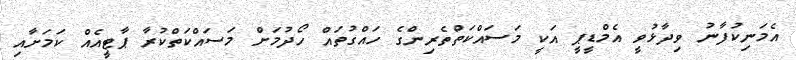
އެމަނިކުފާނު ވިދާޅުވީ އެމްޑީޕީ އަކީ މަސައްކަތްތެރިންގެ ހައްގުތައް ހޯދުމަށް މަސައްކަތްކުރާ ޕާޓީއެއް ކަމަށާއި